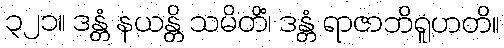
၃၂၁။ ဒန္တံ နယန္တိ သမိတိံ၊ ဒန္တံ ရာဇာဘိရူဟတိ။